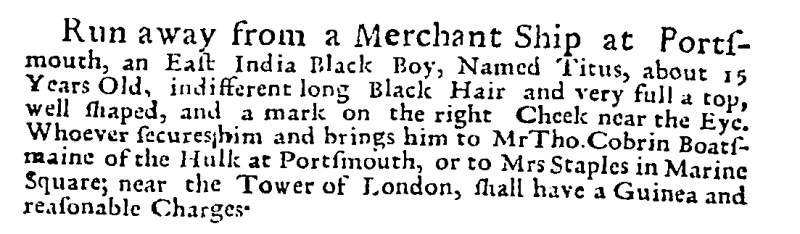
Post Man and the Historical Account, 17 May 1712 (England)
Run away from a Merchant Ship at Portsmouth, an East India Black Boy, Named Titus, about 15 Years Old, indifferent long Black Hair and very full a top, well shaped, and a mark on the right Cheek near the Eye. Whoever secures him and brings him to Mr Tho. Cobrin Boats-maine of the Hulk at Portsmouth, or to Mrs Staples in Marine Square; near the Tower of London, shall have a Guinea and reasonable Charges.